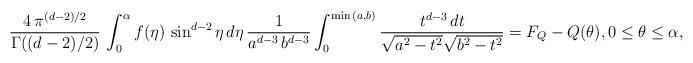
LaTeX: \begin{align*}\frac{4\, \pi^{(d-2)/2}} { \Gamma((d-2)/2)} \, \int_0^\alpha f(\eta)\, \sin^{d-2} \eta \, d\eta \, \frac{1}{a^{d-3}\, b^{d-3}} \int_0^{\min{(a,b)}} \frac {t^{d-3}\,dt} {\sqrt{a^2-t^2} \sqrt{b^2-t^2}} = F_Q - Q(\theta), 0 \leq \theta \leq \alpha, \end{align*}